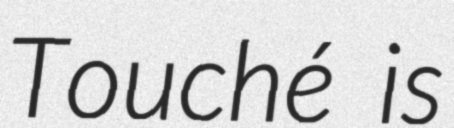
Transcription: Touché is